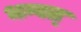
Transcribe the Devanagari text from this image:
भग्वत्